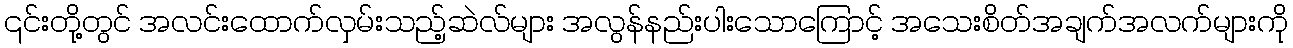
၎င်းတို့တွင် အလင်းထောက်လှမ်းသည့်ဆဲလ်များ အလွန်နည်းပါးသောကြောင့် အသေးစိတ်အချက်အလက်များကို